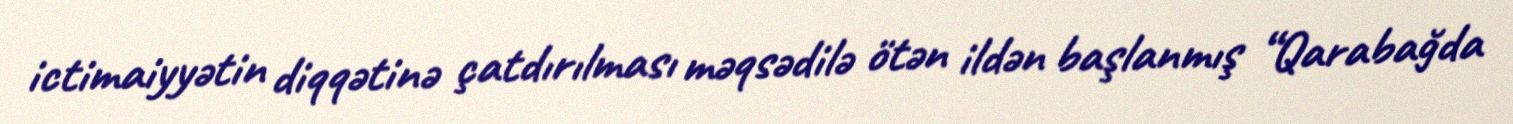
ictimaiyyətin diqqətinə çatdırılması məqsədilə ötən ildən başlanmış “Qarabağda